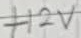
Text: +12V